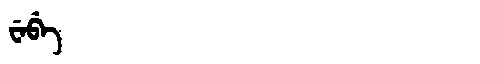
Manchu: ᠸᡝᠪᡝ
Romanization: WEBE